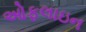
ઓફલાઇન